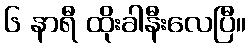
၆ နာရီ ထိုးခါနီးလေပြီ။